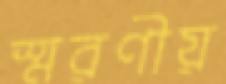
স্মরণীয়